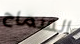
السماح